Enquiry on enteric fever in India - Number 32
Disease focus: Fever
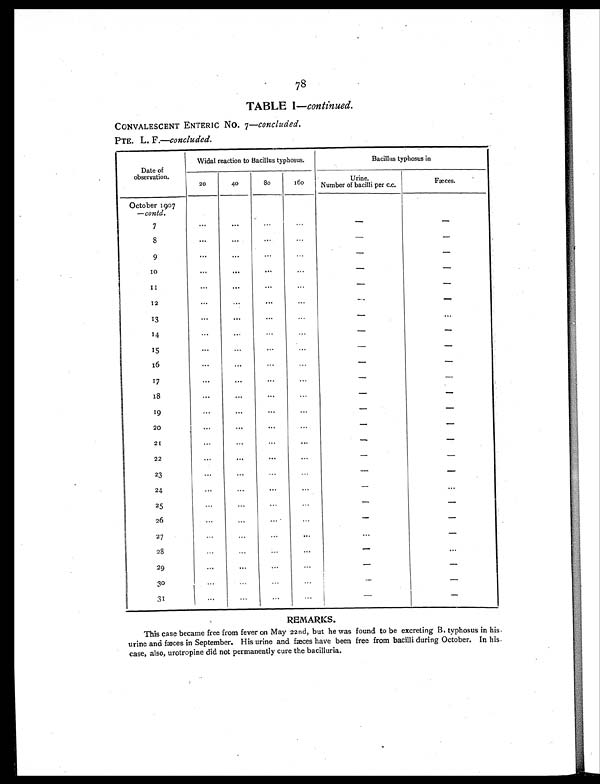
78
TABLE I—continued.
CONVALESCENT ENTERIC No. 7 —concluded.
PTE. L. F.—concluded.
Date of
observation.
Widal reaction to Bacillus typhosus.
Bacillus typhosus in
20
40
80
160
Urine.
Number of bacilli per c.c.
Fæces.
October 1907
—contd.
7
...
...
...
...
-
-
8
... ...
...
...
-
-
9
...
...
. . .
...
-
-
1 0
...
. . .
. . .
...
-
-
1 1
...
...
. . .
...
-
-
12
... ...
...
...
-
-
13
. . .
. . .
. . .
. . .
-
...
14
...
. . .
. . .
. . .
-
-
15
...
. . . ...
...
-
-
16
...
. . .
. . .
...
-
-
17
...
. . .
. . .
...
-
-
18
...
. . .
. . .
...
-
-
19
... ...
...
...
-
-
20
...
...
...
...
-
-
21
... ...
...
...
-
-
22
...
...
...
...
-
-
23
...
...
...
. . .
-
-
24
...
...
. . .
. . .
-
. . .
25
...
...
...
. . .
-
-
26
...
...
. . .
...
-
-
27
...
...
...
...
...
-
28
...
...
... ...
-
. . .
29...
... ...
... -
-
30...
...
...
... -
-
31
...
...
. . .
. . .
-
-
REMARKS.
This case became free from fever on May 22nd, but he was found to be excreting B. typhosus in his
urine and fæces in September. His urine and fæces have been free from bacilli during October. In his
case, also, urotropine did not permanently cure the bacilluria.